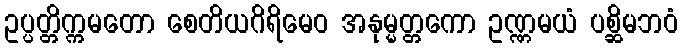
ဥပ္ပတ္တိက္ကမတော စေတိယဂိရိမေဝ အနုမ္မတ္တကော ဥဏ္ဏမယံ ပစ္ဆိမဘဝံ